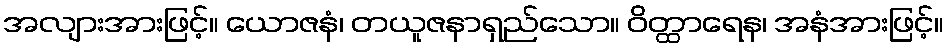
အလျားအားဖြင့်။ ယောဇနံ၊ တယူဇနာရှည်သော။ ဝိတ္ထာရေန၊ အနံအားဖြင့်။